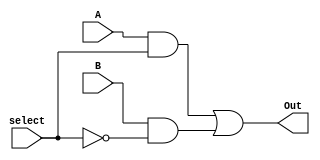
// 2:1 mux using Gate Level Modelling

module mux2to1(Out, A, B, select);
  input A, B, select;
  output Out;
  wire c, d, e;
  
  not g1(e, select);
  and g2(c, A, select);
  and g3(d, B, e);
  or g4(Out, c, d);
endmodule 

module tb_2to1;
  reg a, b, sel;
  wire out;
  mux2to1 mod(out, a, b, sel);
  initial
    begin
      $monitor($time, " a=%b, b=%b, sel=%b, out=%b", a, b, sel, out);
      #0 a=1'b0; b=1'b1;
      #2 sel=1'b1;
      #5 sel=1'b0;
      #10 a=1'b1; b=1'b0;
      #15 sel=1'b1;
      #20 sel=1'b0;
      #100 $finish;
    end
  endmodule